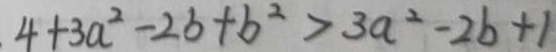
4 + 3 a ^ { 2 } - 2 b + b ^ { 2 } > 3 a ^ { 2 } - 2 b + 1